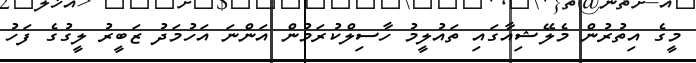
މީގެ އިތުރުން މެލޭޝިއާގައި ތައުލީމު ހާސިލްކުރަމުން އަންނަ އަހުމަދު ޒަބީރު ލީގުގެ ފަހު